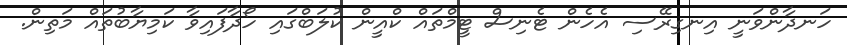
ހަނދާންވަނީ އިނގިރޭސި އެހެން ޓެނިސް ޓީމްތައް ކްއީން ކުލަބްގައި ހޯދާފައިވާ ކަމިޔާބުތައް މަތިން.